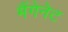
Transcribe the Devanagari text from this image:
मैंगेनेट